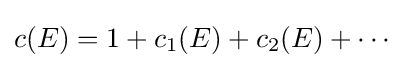
c(E)=1+c_{1}(E)+c_{2}(E)+\cdots